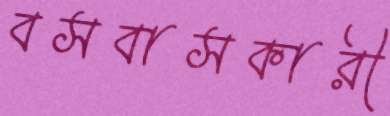
বসবাসকারী